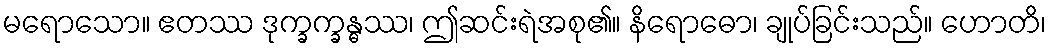
မရောသော။ ဧတဿ ဒုက္ခက္ခန္ဓဿ၊ ဤဆင်းရဲအစု၏။ နိရောဓော၊ ချုပ်ခြင်းသည်။ ဟောတိ၊